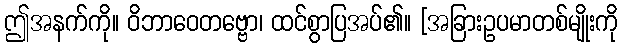
ဤအနက်ကို။ ဝိဘာဝေတဗ္ဗော၊ ထင်စွာပြအပ်၏။ [အခြားဥပမာတစ်မျိုးကို